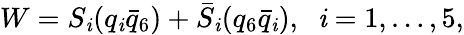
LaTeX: W=S_{\mathit{i}}(q_{\mathit{i}}\bar{{q}}_{6})+\bar{{S}}_{\mathit{i}}(q_{6}\bar{{q}}_{\mathit{i}}),\; \; \mathit{i}=1,\ldots,5,